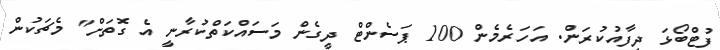
ފުޓްބޯޅަ ދިފާއުކުރަން. އަހަރެމެން 100 ޕަސެންޓް ދީގެން މަސައްކަތްކުރާނީ އެ ގޮތަށް" މެޗަކުން